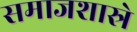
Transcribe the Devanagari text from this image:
समाजशास्रे